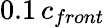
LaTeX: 0.1\, c_{front}